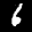
Label: 6